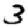
Digit: 3